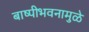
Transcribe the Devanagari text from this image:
बाष्पीभवनामुळे